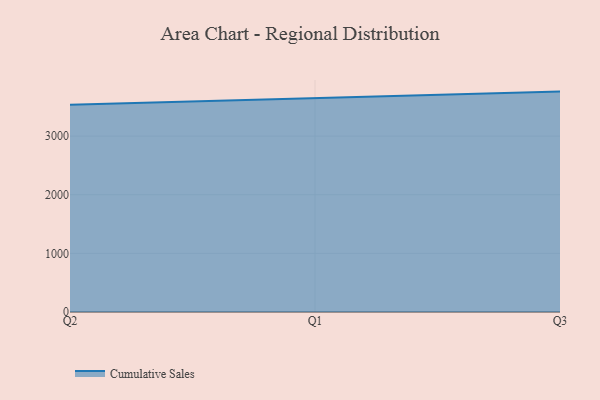
{"axis": {"x": "Quarter", "y": "Production Output"}, "legend": ["Cumulative Sales"], "data": [{"x": "Q2", "y": 3535.9, "type": "Cumulative Sales"}, {"x": "Q1", "y": 3648.5, "type": "Cumulative Sales"}, {"x": "Q3", "y": 3758.7, "type": "Cumulative Sales"}]}